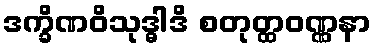
ဒက္ခိဏဝိသုဒ္ဓါဒိ စတုတ္ထဝဏ္ဏနာ